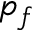
p _ { f }